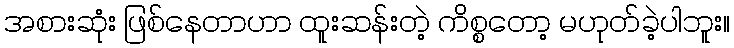
အစားဆုံး ဖြစ်နေတာဟာ ထူးဆန်းတဲ့ ကိစ္စတော့ မဟုတ်ခဲ့ပါဘူး။